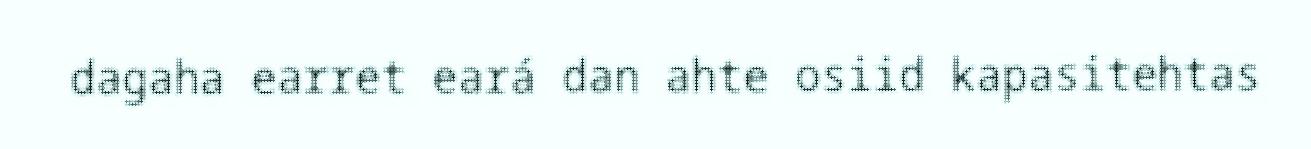
dagaha earret eará dan ahte osiid kapasitehtas